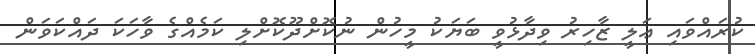
ކުރައްވައި ޢަލީ ޒާހިރު ވިދާޅުވީ ބަޔަކު މީހުން ނުކޮށްދޫކޮށްލި ކަމެއްގެ ވާހަކަ ދައްކަވަން